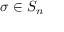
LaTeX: \sigma \in S _ { n }